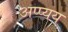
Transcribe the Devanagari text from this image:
अप्प्यय